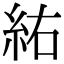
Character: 𮈆